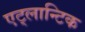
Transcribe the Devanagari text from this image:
एट्लान्टिक